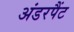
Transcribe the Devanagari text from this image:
अंडरपैंट